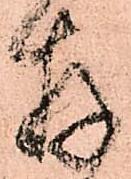
存